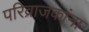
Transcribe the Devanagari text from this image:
परिव्राजकांना